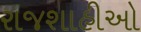
રાજશાહીઓ